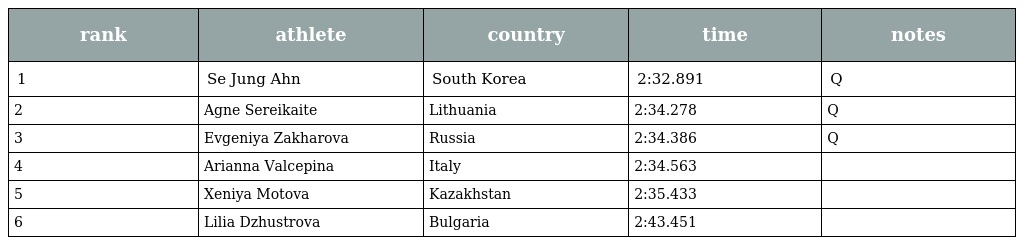
| rank | athlete | country | time | notes |
 | --- | --- | --- | --- | --- |
 | 1 | Se Jung Ahn | South Korea | 2:32.891 | Q |
 | 2 | Agne Sereikaite | Lithuania | 2:34.278 | Q |
 | 3 | Evgeniya Zakharova | Russia | 2:34.386 | Q |
 | 4 | Arianna Valcepina | Italy | 2:34.563 |  |
 | 5 | Xeniya Motova | Kazakhstan | 2:35.433 |  |
 | 6 | Lilia Dzhustrova | Bulgaria | 2:43.451 |  |